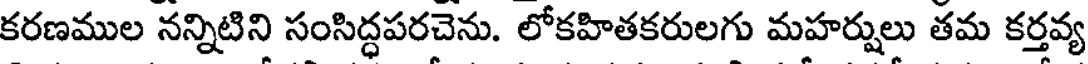
కరణముల నన్నిటిని సంసిద్ధపరచెను. లోకహితకరులగు మహర్షులు తమ కర్తవ్య